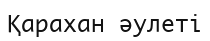
Қарахан әулетi